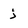
Character: j